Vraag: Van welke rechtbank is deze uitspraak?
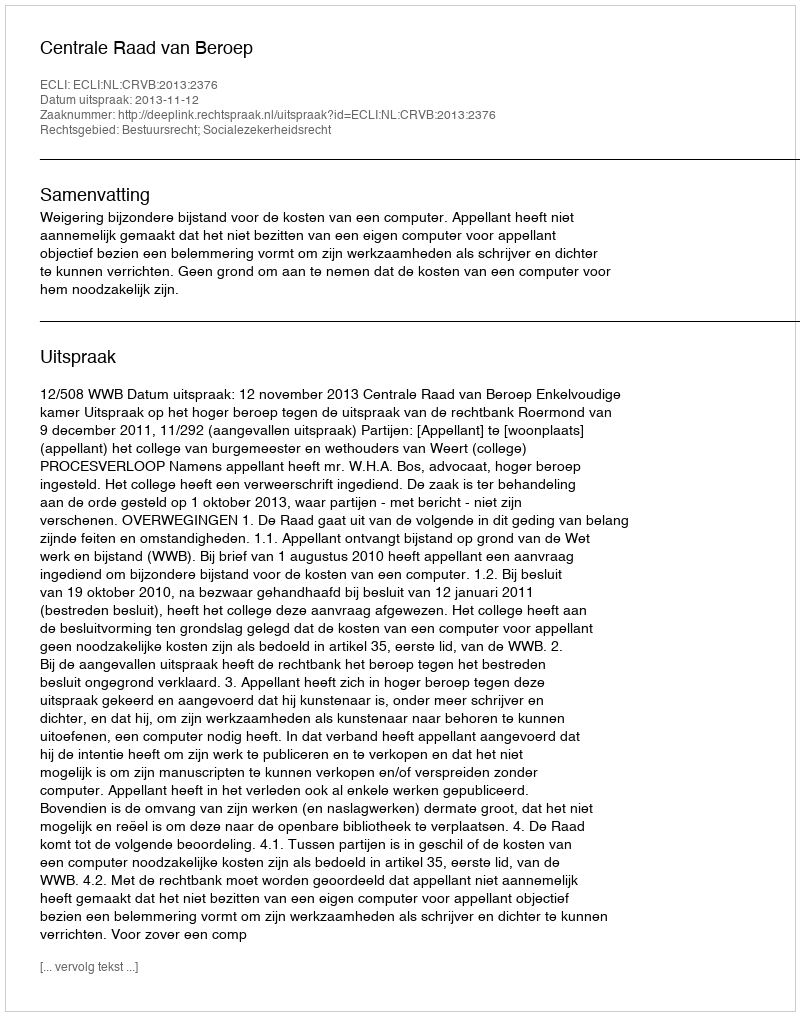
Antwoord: Centrale Raad van Beroep